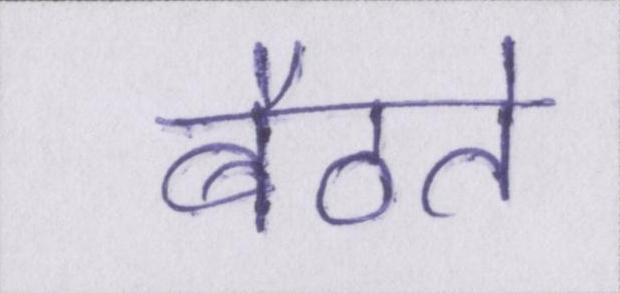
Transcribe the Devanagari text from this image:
बैठते